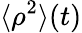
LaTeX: \langle\rho^{2}\rangle(t)